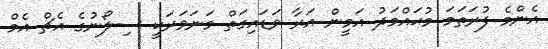
އެންމެ ފުރަތަމަ މުޙައްމަދު އަމީން އަރާ ވަޑައިގަތް މަނަވަރަކީ ސިލޯނުގެ އެޗް އެމް